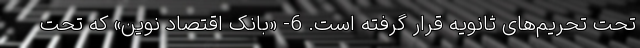
تحت تحریم‌های ثانویه قرار گرفته است. 6- «بانک اقتصاد نوین» که تحت